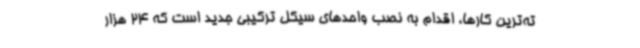
ته‌ترین کارها، اقدام به نصب واحدهای سیکل ترکیبی جدید است که 24 هزار